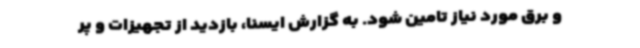
و برق مورد نیاز تامین شود. به گزارش ایسنا، بازدید از تجهیزات و پر